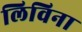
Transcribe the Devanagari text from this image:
लिविना